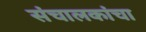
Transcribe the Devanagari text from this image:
संचालकांचा